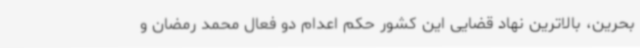
بحرین، بالاترین نهاد قضایی این کشور حکم اعدام دو فعال محمد رمضان و